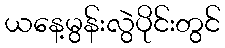
ယနေ့မွန်းလွဲပိုင်းတွင်